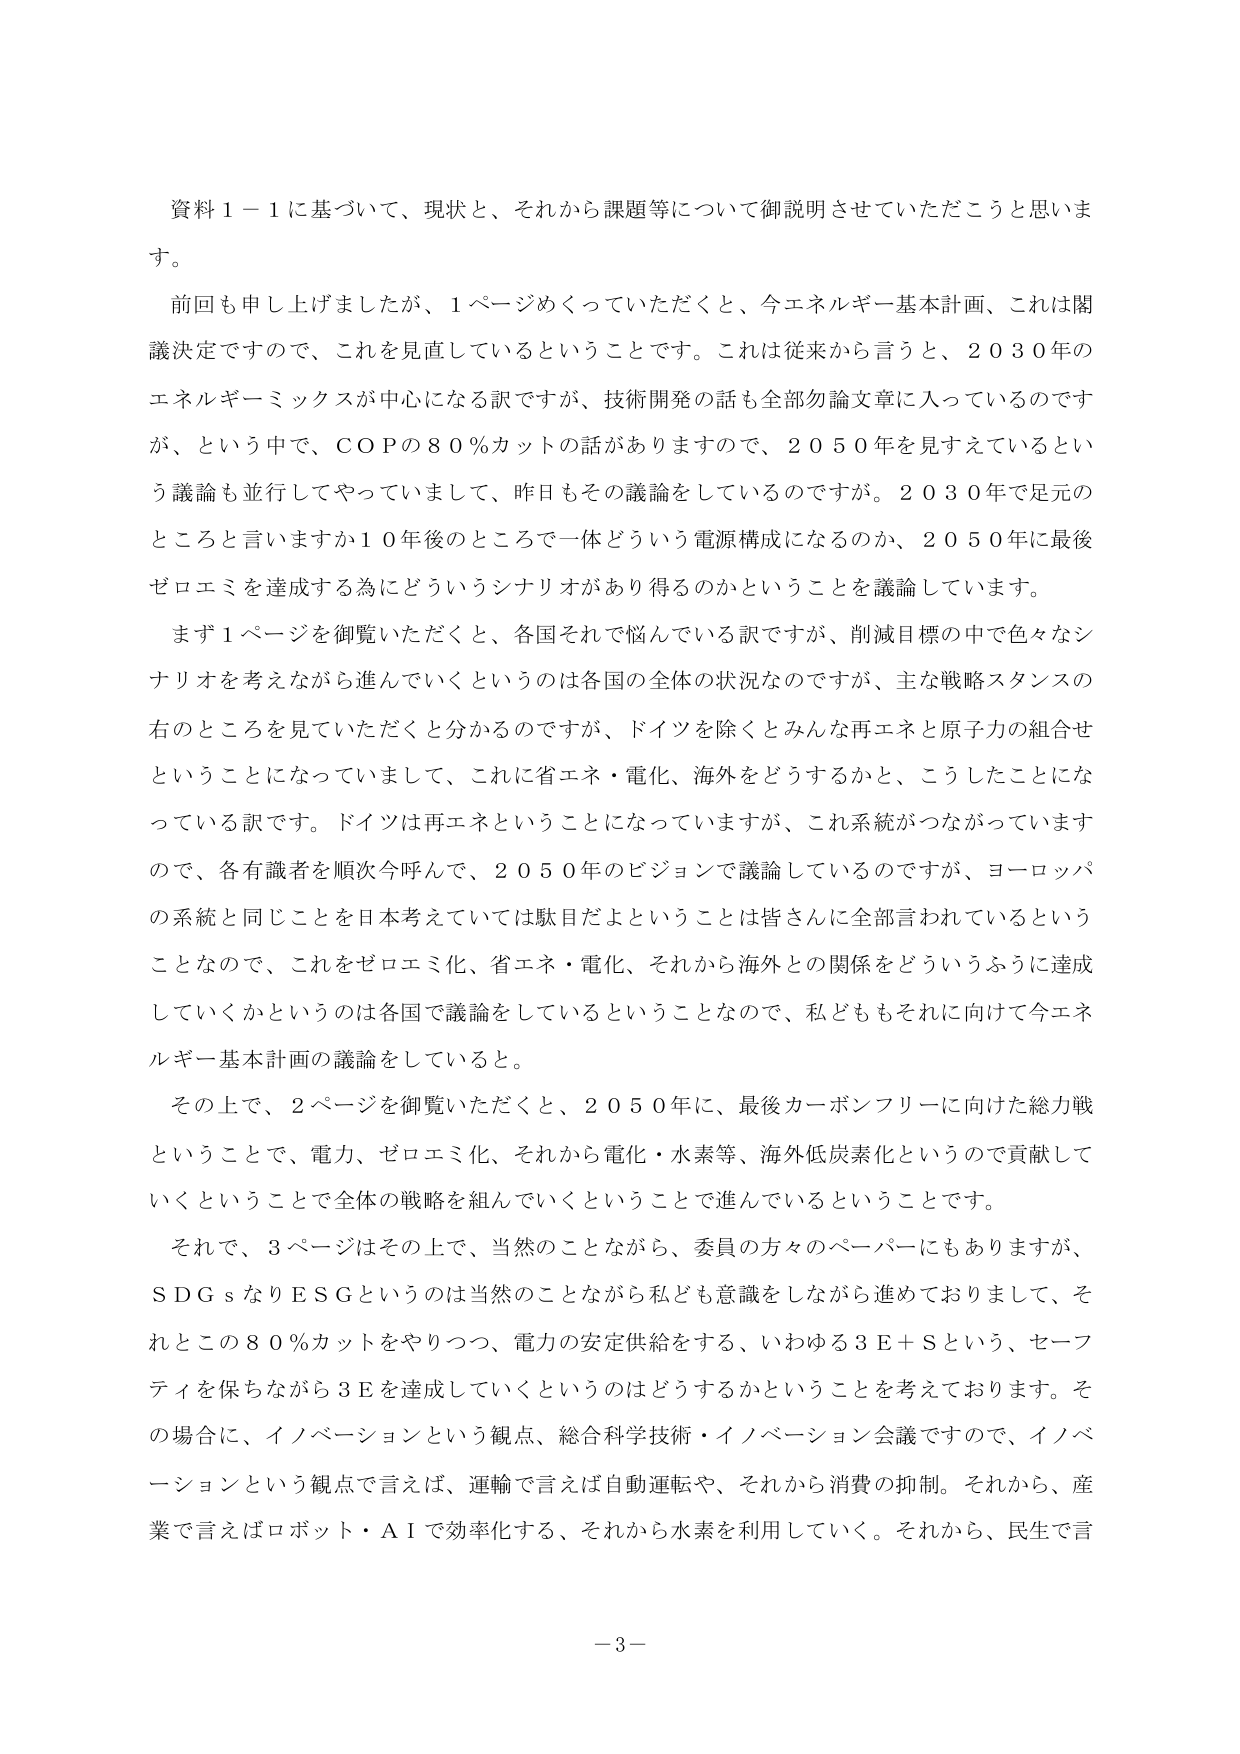
資料１－１に基づいて、現状と、それから課題等について御説明させていただこうと思いま
す。
前回も申し上げましたが、１ページめくっていただくと、今エネルギー基本計画、これは閣
議決定ですので、これを見直しているということです。これは従来から言うと、２０３０年の
エネルギーミックスが中心になる訳ですが、技術開発の話も全部勿論文章に入っているのです
が、という中で、ＣＯＰの８０％カットの話がありますので、２０５０年を見えているとい
う議論も並行してやっていまして、昨日もその議論をしているのですが。２０３０年で足元の
ところと言いますか１０年後のところで一体どういう電源構成になるのか、２０５０年に最後
ゼロエミを達成する為にどういうシナリオがあり得るのかということを議論しています。
まず１ページを御覧いただくと、各国それぞれで悩んでいる訳ですが、削減目標の中で色々なシ
ナリオを考えながら進んでいくというのは各国の全体の状況なのですが、主な戦略スタンスの
右のところを見ていただくと分かるのですが、ドイツを除くとみんな再エネと原子力の組合せ
ということになっていまして、これに省エネ・電化、海外をどうするかと、こうしたことにな
っている訳です。ドイツは再エネということになっていますが、これ系統がつながっています
ので、各有識者を順次呼んで、２０５０年のビジョンで議論しているのですが、ヨーロッパ
の系統と同じことを日本考えていっては駄目だよということは皆さんに全部言われているという
ことなので、これをゼロエミ化、省エネ・電化、それから海外との関係をどういうふうに達成
していくかというのは各国で議論をしているということなので、私どももそれに向けて今エネ
ルギー基本計画の議論をしていると。
その上で、２ページを御覧いただくと、２０５０年に、最後カーボンフリーに向けた総力戦
ということで、電力、ゼロエミ化、それから電化・水素等、海外低炭素化ということで貢献して
いくということで全体の戦略を組んでいくということで進んでいるということです。
それで、３ページはその上で、当然のことながら、委員の方々のペーパーにもありますが、
ＳＤＧｓなりＥＳＧというのは当然のことながら私ども意識をしながら進めておりまして、そ
れとこの８０％カットをやりつつ、電力の安定供給をする、いわゆる３Ｅ＋Ｓという、セーフ
ティを保ちながら３Ｅを達成していくというのはどうするかということを考えております。そ
の場合に、イノベーションという観点、総合科学技術・イノベーション会議ですので、イノベ
ーションという観点で言えば、運輸で言えば自動運転や、それから消費の抑制。それから、産
業で言えばロボット・ＡＩで効率化する、それから水素を利用していく。それから、民生で言

－３－